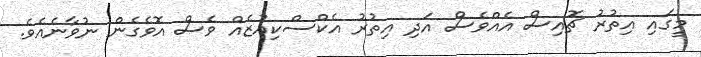
މީގައި އިތުރު ޗޮއިސް އެއްވެސް އަދި އިިތުރު އެކްސްކިއުޒެއް ވެސް އޮވެގެން ނުވާނެއެވެ.